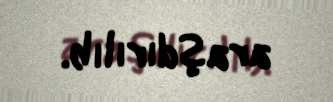
araşdırılıb.